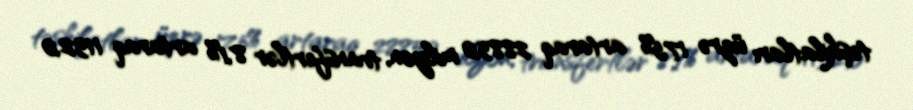
təşkilatları üzrə 17,5% artaraq 2885,0 milyon, transfertlər 8,1% artaraq 1132,0